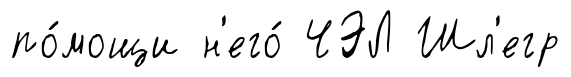
по́мощи н'его́ ЧЭЛ Шл'егр